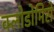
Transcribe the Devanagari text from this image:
क्लोडोमिरो